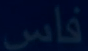
فاس